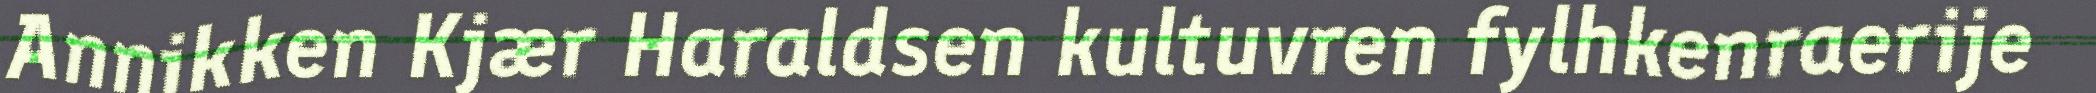
Annikken Kjær Haraldsen kultuvren fylhkenraerije